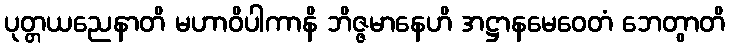
ပုတ္တယညေနာတိ မဟာဝိပါကာနိ ဘိဇ္ဇမာနေဟိ အဋ္ဌာနမေဝေတံ ဘေတွာတိ